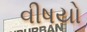
વીષયો